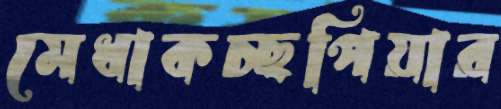
মেধাকচ্ছপিয়ার